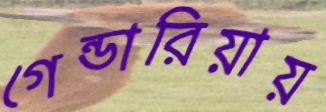
গেন্ডারিয়ায়